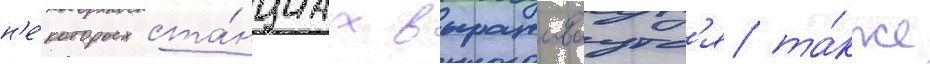
н'е́которых ста́нциах выращиваутс'я та́кже